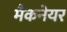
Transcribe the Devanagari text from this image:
मैकनेयर